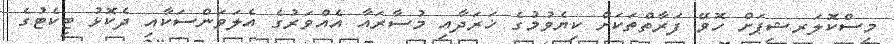
މިސްކޮލަރޝިޕަށް ހޮވޭ ފަރާތްތަކަށް ކިޔެވުމުގެ ޚަރަދާއި މުސާރައާ އެއްވަރުގެ އެލަވަންސަކާއި ދެކޮޅު ޓިކެޓުގެ